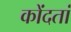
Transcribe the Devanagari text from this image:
कोंदतां